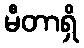
မီတာရှိ